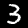
Digit: 3